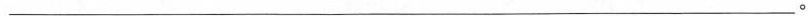
___。